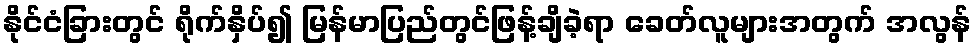
နိုင်ငံခြားတွင် ရိုက်နှိပ်၍ မြန်မာပြည်တွင်ဖြန့်ချိခဲ့ရာ ခေတ်လူများအတွက် အလွန်